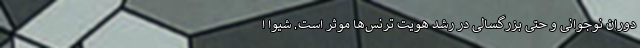
دوران نوجوانی و حتی بزرگسالی در رشد هویت ترنس‌ها موثر است. شیوا ا